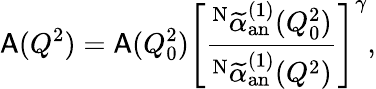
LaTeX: {\sf A}(Q^{2})={\sf A}(Q_{0}^{2})\left[\frac{^{\mathrm{N}}\widetilde{\alpha}_{\mathrm{an}}^{(1)}(Q_{0}^{2})}{^{\mathrm{N}}\widetilde{\alpha}_{\mathrm{an}}^{(1)}(Q^{2})}\right]^{\gamma},